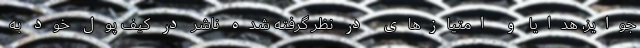
جوایز، هدایا و امتیاز‌های در نظر گرفته شده ناشر در کیف پول خود به